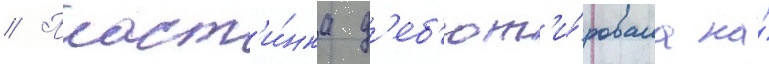
// Пласт'и́нка д'еб'ют'и́ровала на́